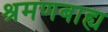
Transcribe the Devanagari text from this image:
श्रमणबाह्य